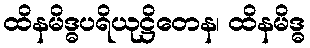
ထိနမိဒ္ဓပရိယုဋ္ဌိတေန၊ ထိနမိဒ္ဓ